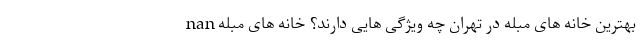
nan بهترین خانه های مبله در تهران چه ویژگی هایی دارند؟ خانه های مبله